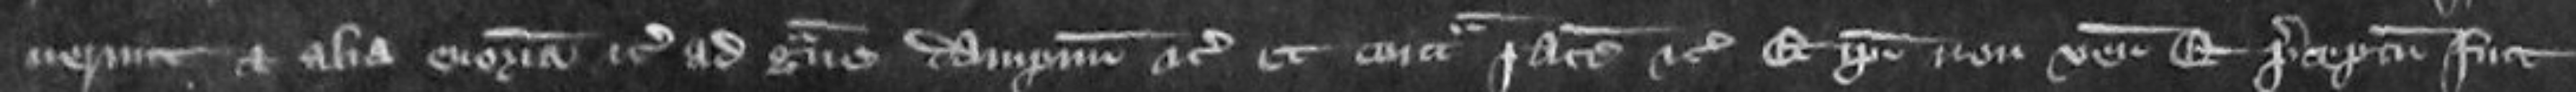
verunt et alia enormia etc ad grave dampnum etc et contra pacem etc Et ipsi non venit et preceptum fuit